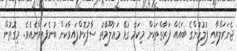
ޖެނަރަލްއާއި ފުލުހުންގެ ބައެއް ފަރާތްތަކުން މިކަމާ ގުޅޭ މަޢުލޫމާތު ސާފުކޮށްފައިވާކަން ބުނެފައިވާނެއެވެ. މިގޮތުން